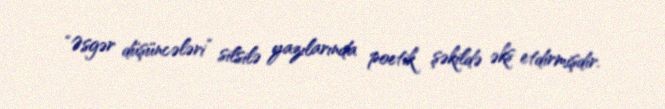
“Əsgər düşüncələri” silsilə yazılarında poetik şəkildə əks etdirmişdir.